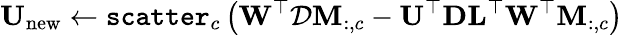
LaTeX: \mathbf{U}_{\mathrm{new}}\leftarrow\texttt{scatter}_{c}\left(\mathbf{W}^{\top}\mathcal{D}\mathbf{M}_{:,c}-\mathbf{U}^{\top}\mathbf{D}\mathbf{L}^{\top}\mathbf{W}^{\top}\mathbf{M}_{:,c}\right)